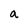
Character: a